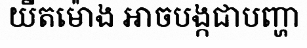
យឺតម៉ោង អាចបង្កជាបញ្ហា